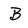
Character: B